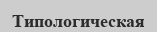
Типологическая